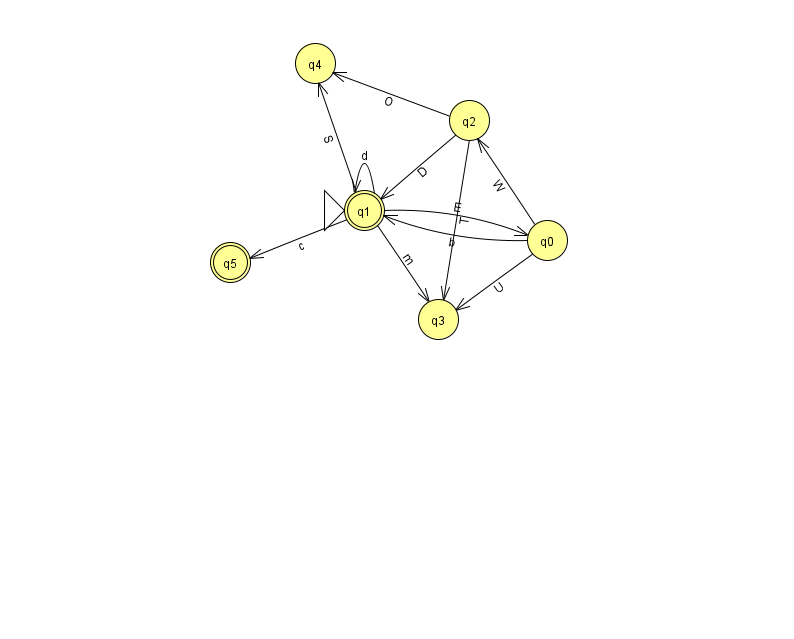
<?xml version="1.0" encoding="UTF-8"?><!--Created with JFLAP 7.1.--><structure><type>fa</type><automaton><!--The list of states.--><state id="0" name="q0"><x>547.0</x><y>227.0</y></state><state id="1" name="q1"><x>364.0</x><y>197.0</y><initial/><final/></state><state id="2" name="q2"><x>469.0</x><y>107.0</y></state><state id="3" name="q3"><x>438.0</x><y>306.0</y></state><state id="4" name="q4"><x>315.0</x><y>50.0</y></state><state id="5" name="q5"><x>230.0</x><y>249.0</y><final/></state><!--The list of transitions.--><transition><from>2</from><to>1</to><read>D</read></transition><transition><from>1</from><to>4</to><read>S</read></transition><transition><from>1</from><to>1</to><read>d</read></transition><transition><from>1</from><to>3</to><read>m</read></transition><transition><from>0</from><to>3</to><read>U</read></transition><transition><from>1</from><to>5</to><read>c</read></transition><transition><from>0</from><to>2</to><read>W</read></transition><transition><from>2</from><to>4</to><read>O</read></transition><transition><from>0</from><to>1</to><read>b</read></transition><transition><from>2</from><to>3</to><read>T</read></transition><transition><from>1</from><to>0</to><read>E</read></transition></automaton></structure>